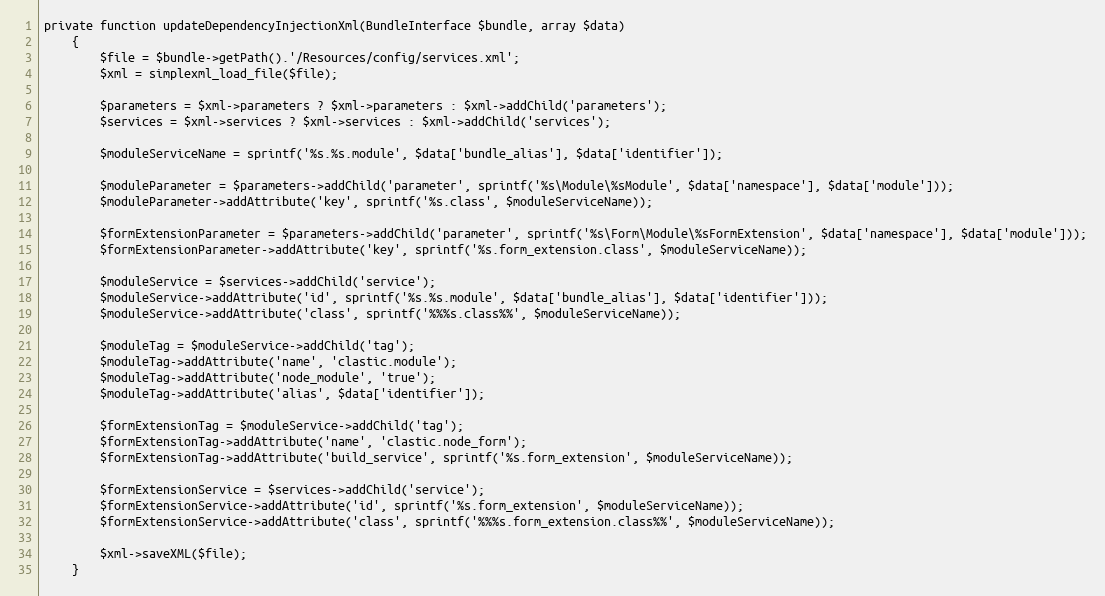
Language: PHP
private function updateDependencyInjectionXml(BundleInterface $bundle, array $data)
    {
        $file = $bundle->getPath().'/Resources/config/services.xml';
        $xml = simplexml_load_file($file);

        $parameters = $xml->parameters ? $xml->parameters : $xml->addChild('parameters');
        $services = $xml->services ? $xml->services : $xml->addChild('services');

        $moduleServiceName = sprintf('%s.%s.module', $data['bundle_alias'], $data['identifier']);

        $moduleParameter = $parameters->addChild('parameter', sprintf('%s\Module\%sModule', $data['namespace'], $data['module']));
        $moduleParameter->addAttribute('key', sprintf('%s.class', $moduleServiceName));

        $formExtensionParameter = $parameters->addChild('parameter', sprintf('%s\Form\Module\%sFormExtension', $data['namespace'], $data['module']));
        $formExtensionParameter->addAttribute('key', sprintf('%s.form_extension.class', $moduleServiceName));

        $moduleService = $services->addChild('service');
        $moduleService->addAttribute('id', sprintf('%s.%s.module', $data['bundle_alias'], $data['identifier']));
        $moduleService->addAttribute('class', sprintf('%%%s.class%%', $moduleServiceName));

        $moduleTag = $moduleService->addChild('tag');
        $moduleTag->addAttribute('name', 'clastic.module');
        $moduleTag->addAttribute('node_module', 'true');
        $moduleTag->addAttribute('alias', $data['identifier']);

        $formExtensionTag = $moduleService->addChild('tag');
        $formExtensionTag->addAttribute('name', 'clastic.node_form');
        $formExtensionTag->addAttribute('build_service', sprintf('%s.form_extension', $moduleServiceName));

        $formExtensionService = $services->addChild('service');
        $formExtensionService->addAttribute('id', sprintf('%s.form_extension', $moduleServiceName));
        $formExtensionService->addAttribute('class', sprintf('%%%s.form_extension.class%%', $moduleServiceName));

        $xml->saveXML($file);
    }